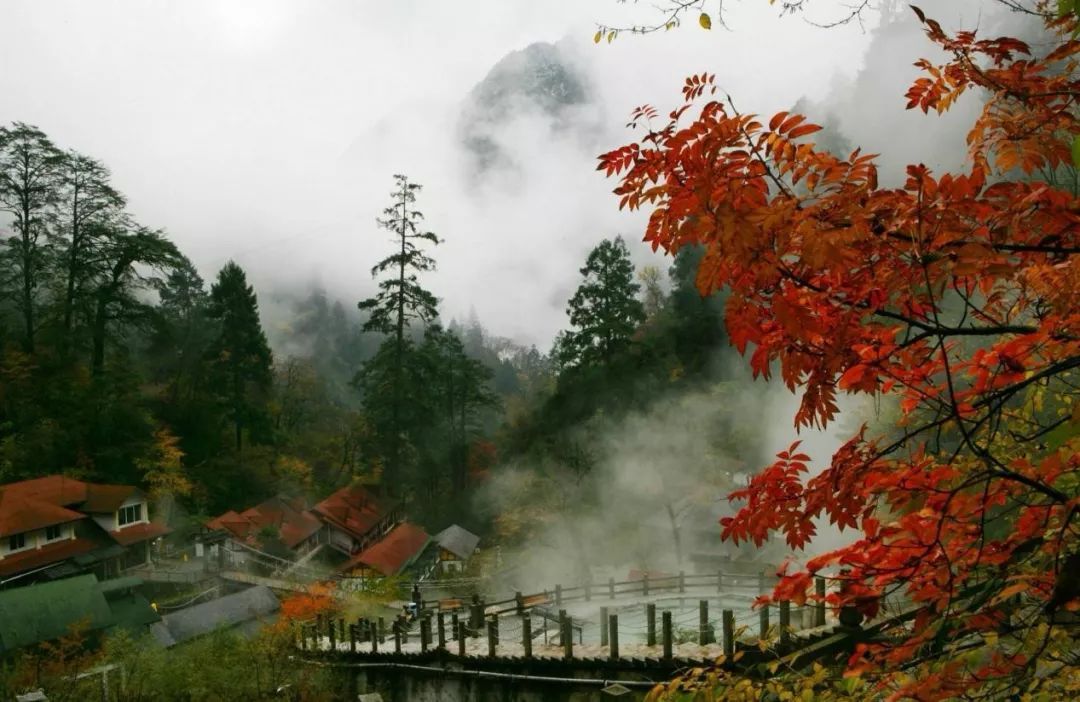
深秋帘幕千家雨，落日楼台一笛风。